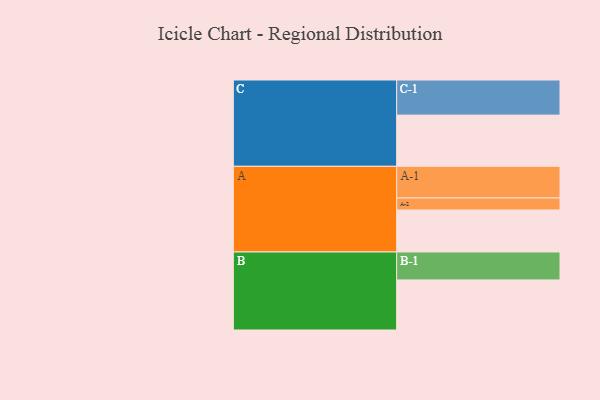
{"axis": {"x": "Segment", "y": "Value"}, "legend": ["", "A", "B", "C"], "data": [{"x": "A", "y": 329, "type": ""}, {"x": "B", "y": 392, "type": ""}, {"x": "C", "y": 401, "type": ""}, {"x": "A-1", "y": 248, "type": "A"}, {"x": "A-2", "y": 94, "type": "A"}, {"x": "B-1", "y": 219, "type": "B"}, {"x": "C-1", "y": 275, "type": "C"}]}